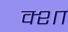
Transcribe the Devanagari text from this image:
क्शा